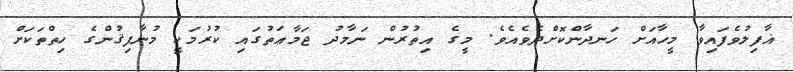
ޣާފިލުވެފައިވާ މީހާއަށް ހަނދާންކޮށްދެވެއެވެ. މީގެ އިތުރުން ނަމާދު ޖަމާޢަތުގައި ކުރުމަކީ މުނާފިޤުންގެ ހިތްތަކަށް